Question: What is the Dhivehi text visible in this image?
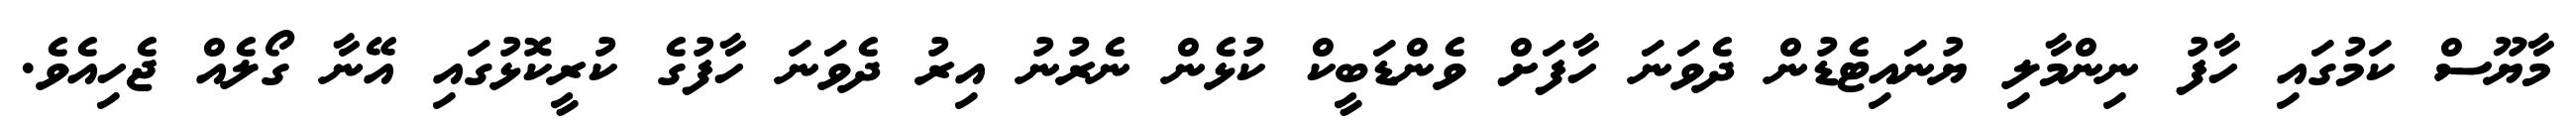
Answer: މާޔޫސް ކަމުގައި ހާފު ނިންމާލި ޔުނައިޓެޑުން ދެވަނަ ހާފަށް ވެންޑަބީކް ކުޅެން ނެރުނު އިރު ދެވަނަ ހާފުގެ ކުރީކޮޅުގައި އޭނާ ގޯލެއް ޖެހިއެވެ.